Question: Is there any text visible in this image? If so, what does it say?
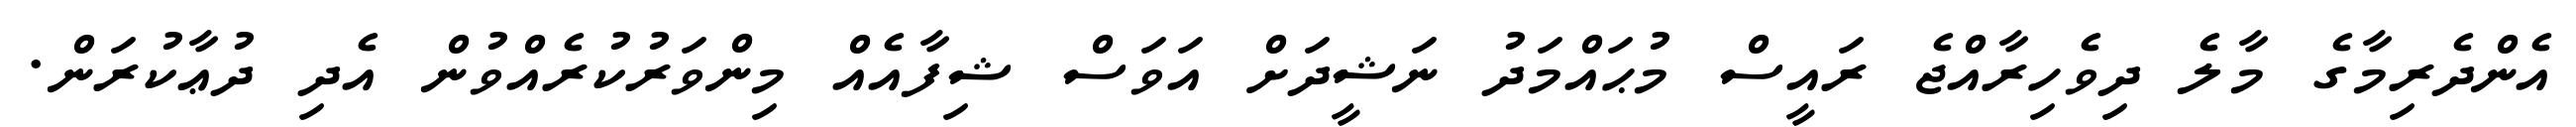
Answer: އެންދެރިމާގެ މާލެ ދިވެހިރާއްޖެ ރައީސް މުޙައްމަދު ނަޝީދަށް އަވަސް ޝިފާއެއް މިންވަރުކުރެއްވުން އެދި ދުޢާކުރަން.